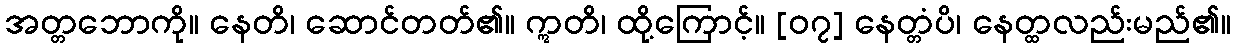
အတ္တဘောကို။ နေတိ၊ ဆောင်တတ်၏။ ဣတိ၊ ထို့ကြောင့်။ [၀၇] နေတ္တံပိ၊ နေတ္ထလည်းမည်၏။